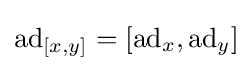
\operatorname {ad} _{[x,y]}=[\operatorname {ad} _{x},\operatorname {ad} _{y}]